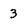
Character: 3